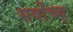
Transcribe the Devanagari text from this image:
सर्वोच्च्